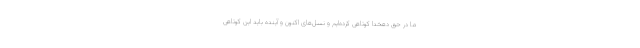
ما در حق دهخدا کوتاهی کرده‌ایم و نسل‌های اکنون و آینده باید این کوتاهی